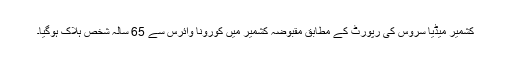
کشمیر میڈیا سروس کی رپورٹ کے مطابق مقبوضہ کشمیر میں کورونا وائرس سے 65 سالہ شخص ہلاک ہوگیا۔